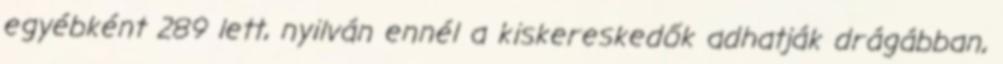
egyébként 289 lett, nyilván ennél a kiskereskedők adhatják drágábban,